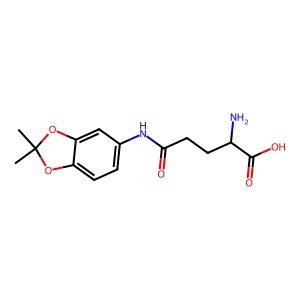
SMILES: CC1(C)Oc2ccc(NC(=O)CCC(N)C(=O)O)cc2O1
Inhibits HIV replication: No